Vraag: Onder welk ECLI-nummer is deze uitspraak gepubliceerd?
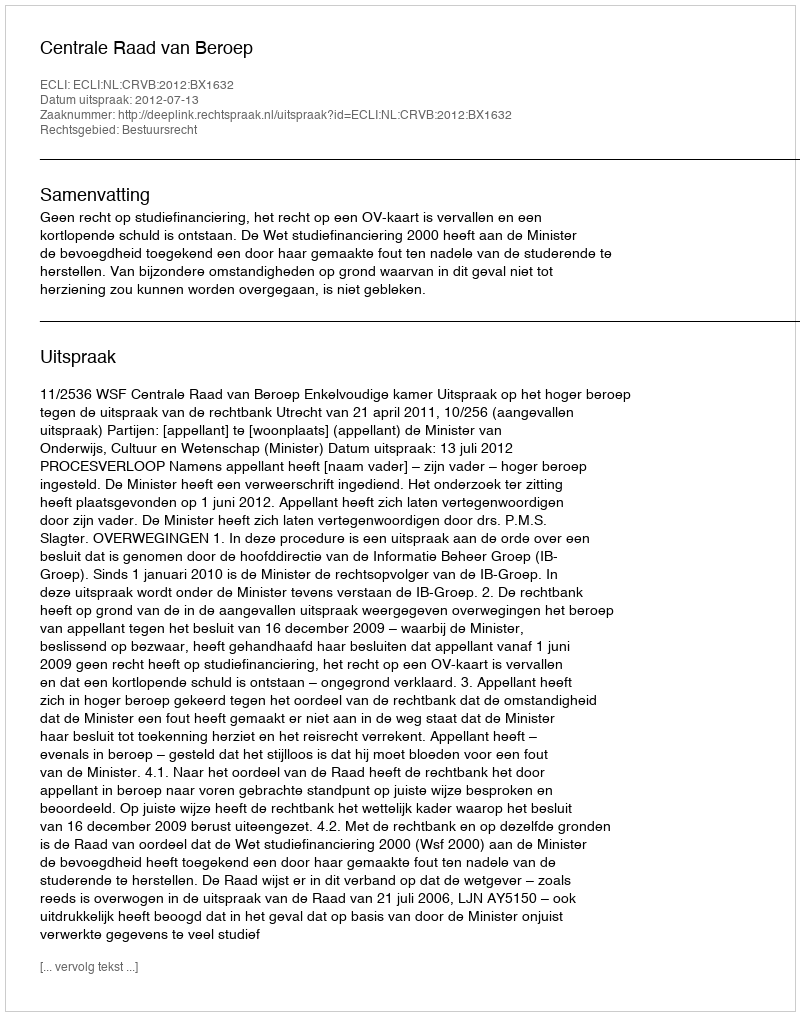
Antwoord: ECLI:NL:CRVB:2012:BX1632